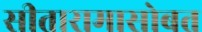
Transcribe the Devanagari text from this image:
सीतारामासोबत